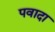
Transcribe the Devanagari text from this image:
पवादा